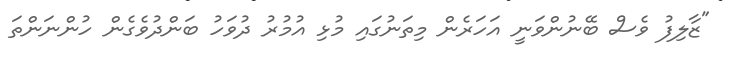
"ޒާލިފު ވެސް ބޭނުންވަނީ އަހަރެން މިތަނުގައި މުޅި އުމުރު ދުވަހު ބަންދުވެގެން ހުންނަންތަ